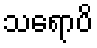
သရောပိ